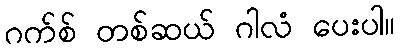
ဂက်စ် တစ်ဆယ် ဂါလံ ပေးပါ။